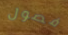
فصول